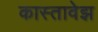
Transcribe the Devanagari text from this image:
कास्तावेझ